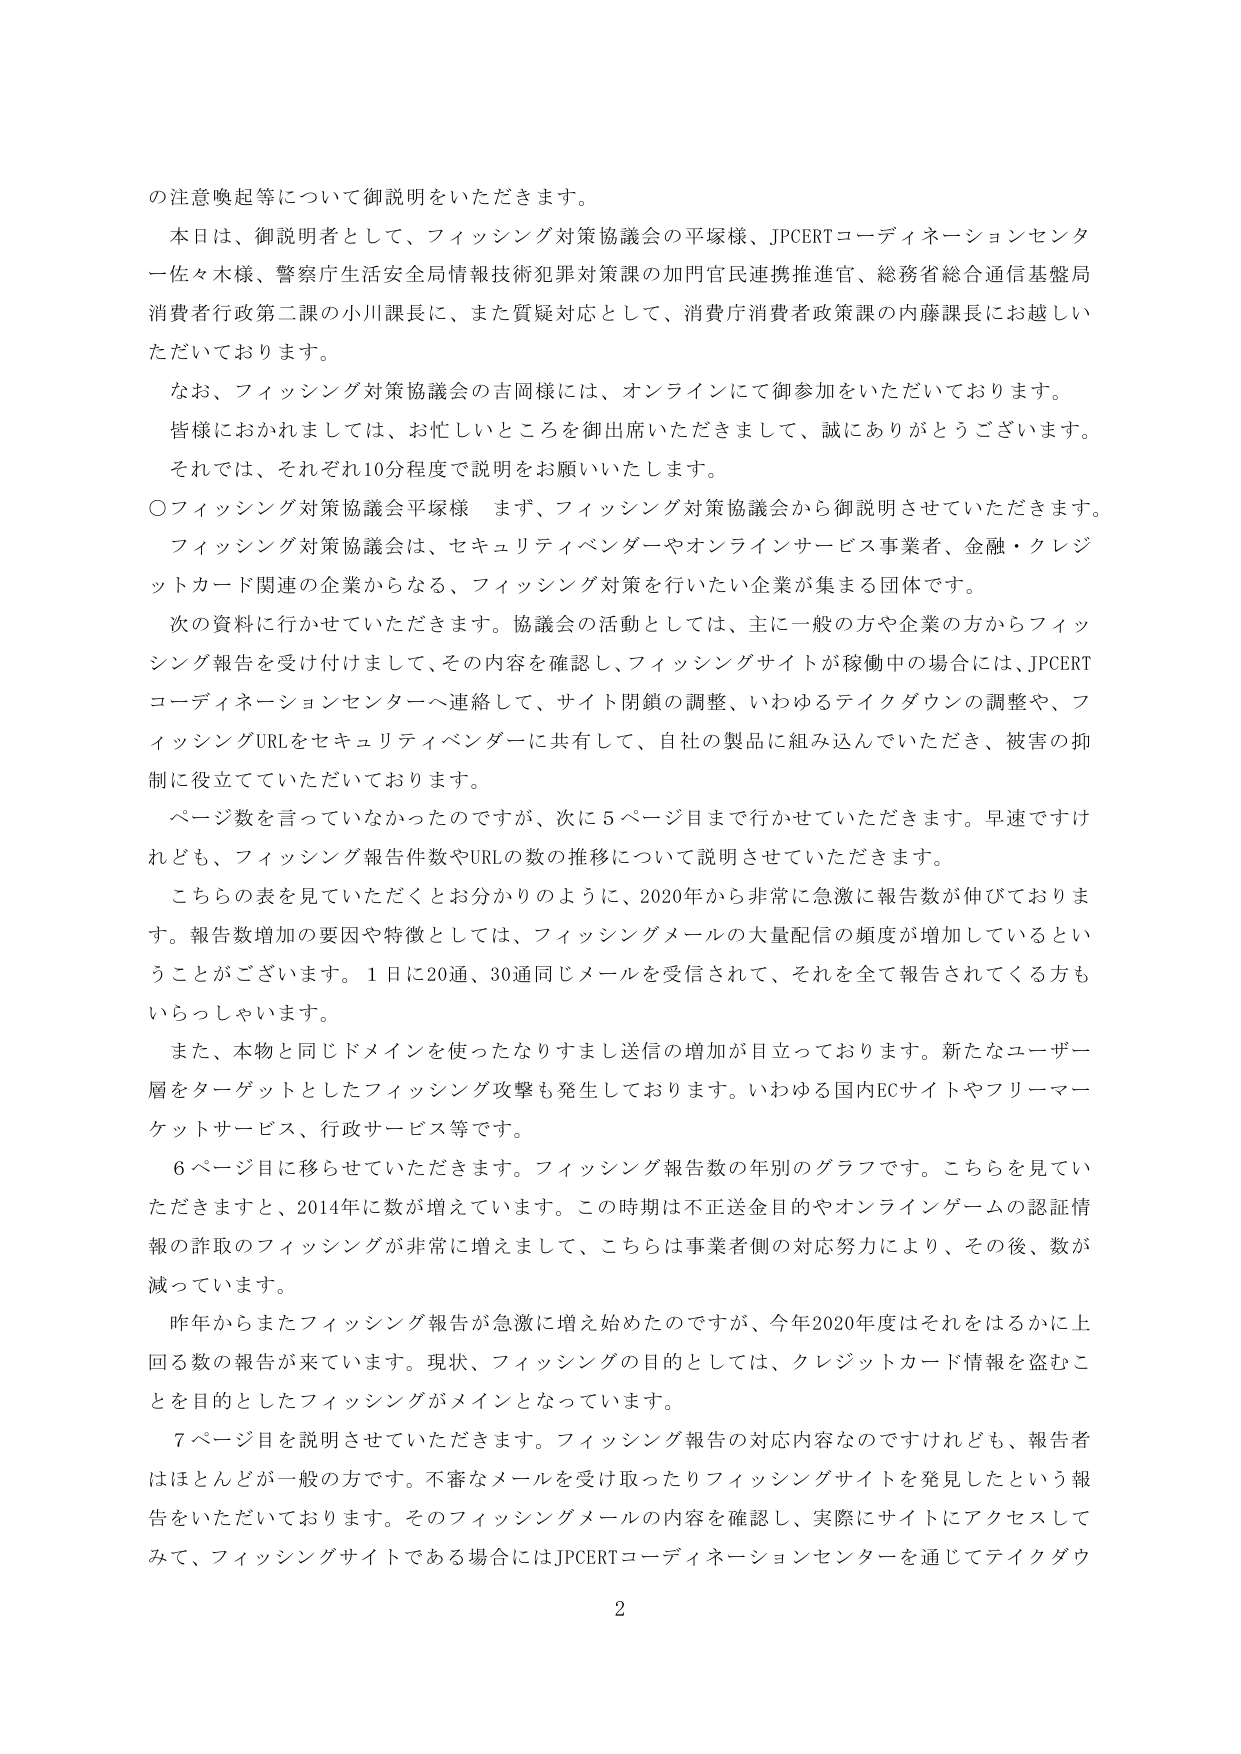
の注意喚起等について御説明をいただきます。

本日は、御説明者として、フィッシング対策協議会の平塚様、JPCERTコーディネーションセンター佐々木様、警察庁生活安全局情報技術犯罪対策課の加門官民連携推進官、総務省総合通信基盤局消費者行政第二課の小川課長に、また質疑対応として、消費庁消費者政策課の内藤課長にお越しいただいております。

なお、フィッシング対策協議会の吉岡様には、オンラインにて御参加をいただいております。

皆様におかれましては、お忙しいところを御出席いただきまして、誠にありがとうございます。

それでは、それぞれ10分程度で説明をお願いいたします。

〇フィッシング対策協議会平塚様 まず、フィッシング対策協議会から御説明させていただきます。

フィッシング対策協議会は、セキュリティベンダーやオンラインサービス事業者、金融・クレジットカード関連の企業からなる、フィッシング対策を行いたい企業が集まる団体です。

次の資料に行かせていただきます。協議会の活動としては、主に一般の方や企業の方からフィッシング報告を受け付けまして、その内容を確認し、フィッシングサイトが稼働中の場合には、JPCERTコーディネーションセンターへ連絡して、サイト閉鎖の調整、いわゆるテイクダウンの調整や、フィッシングURLをセキュリティベンダーに共有して、自社の製品に組み込んでいただき、被害の抑制に役立てていただいております。

ページ数を言っていなかったのですが、次に5ページ目まで行かせていただきます。早速ですけれども、フィッシング報告件数やURLの数の推移について説明させていただきます。

こちらの表を見ていただくとお分かりのように、2020年から非常に急激に報告数が伸びております。報告数増加の要因や特徴としては、フィッシングメールの大量配信の頻度が増加しているということがございます。1日に20通、30通同じメールを受信されて、それを全て報告されてくる方もいらっしゃいます。

また、本物と同じドメインを使ったなりすまし送信の増加が目立っております。新たなユーザー層をターゲットとしたフィッシング攻撃も発生しております。いわゆる国内ECサイトやフリーマーケットサービス、行政サービス等です。

6ページ目に移らせていただきます。フィッシング報告数の年別のグラフです。こちらを見ていただきますと、2014年に数が増えています。この時期は不正送金目的やオンラインゲームの認証情報の詐取のフィッシングが非常に増えまして、こちらは事業者側の対応努力により、その後、数が減っています。

昨年からまたフィッシング報告が急激に増え始めたのですが、今年2020年度はそれをはるかに上回る数の報告が来ています。現状、フィッシングの目的としては、クレジットカード情報を盗むことを目的としたフィッシングがメインとなっています。

7ページ目を説明させていただきます。フィッシング報告の対応内容なのですが、報告者はほとんどが一般の方です。不審なメールを受け取ったりフィッシングサイトを発見したという報告をいただいております。そのフィッシングメールの内容を確認し、実際にサイトにアクセスしてみて、フィッシングサイトである場合にはJPCERTコーディネーションセンターを通じてテイクダウ

2